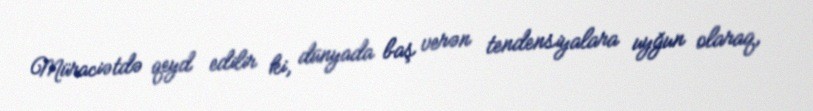
Müraciətdə qeyd edilir ki, dünyada baş verən tendensiyalara uyğun olaraq,